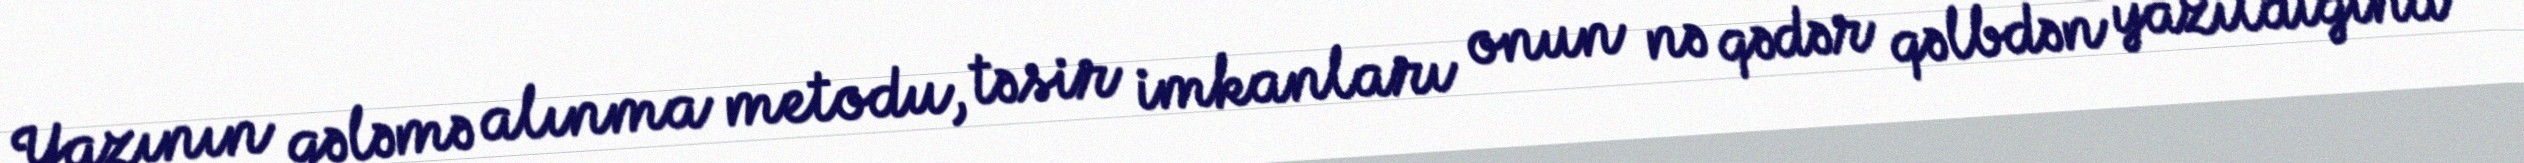
Yazının qələmə alınma metodu, təsir imkanları onun nə qədər qəlbdən yazıldığına